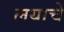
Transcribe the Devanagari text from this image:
लयाचे